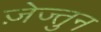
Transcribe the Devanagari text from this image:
ज़ेज्तुन